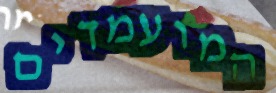
המועמדים